Annual administration report of the Civil Veterinary Department, Ajmere-Merwara, British Rajputana - 1914-1940
Year: 1914
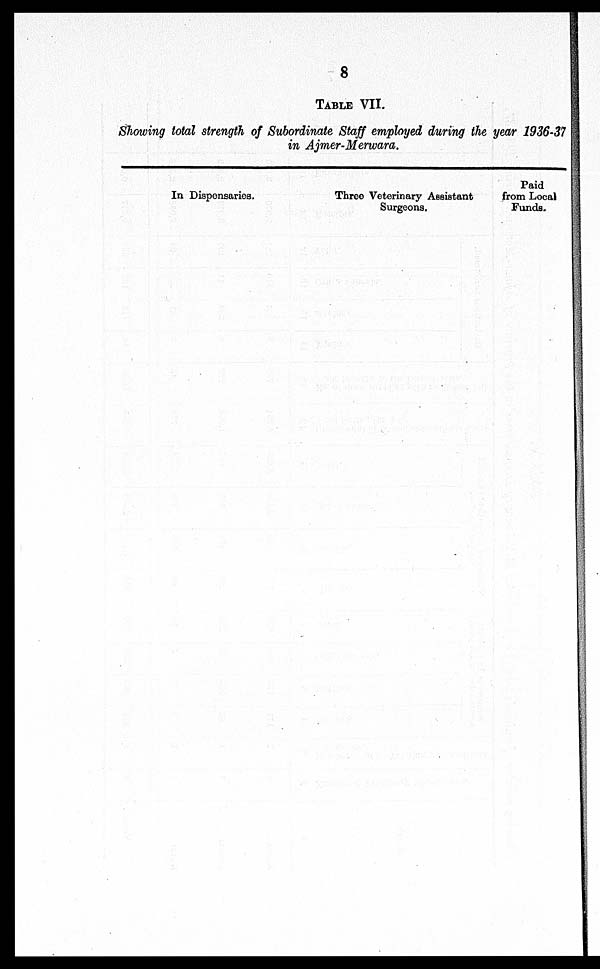
8
TABLE VII.
Showing total strength of Subordinate Staff employed during the year 1936-37
in Ajmer-Merwara.
In Dispensaries.
Three Veterinary Assistant
Surgeons.
Paid
from Local
Funds.